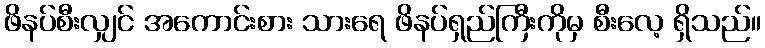
ဖိနပ်စီးလျှင် အကောင်းစား သားရေ ဖိနပ်ရှည်ကြီးကိုမှ စီးလေ့ ရှိသည်။